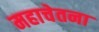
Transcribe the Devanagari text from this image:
महाचेतना